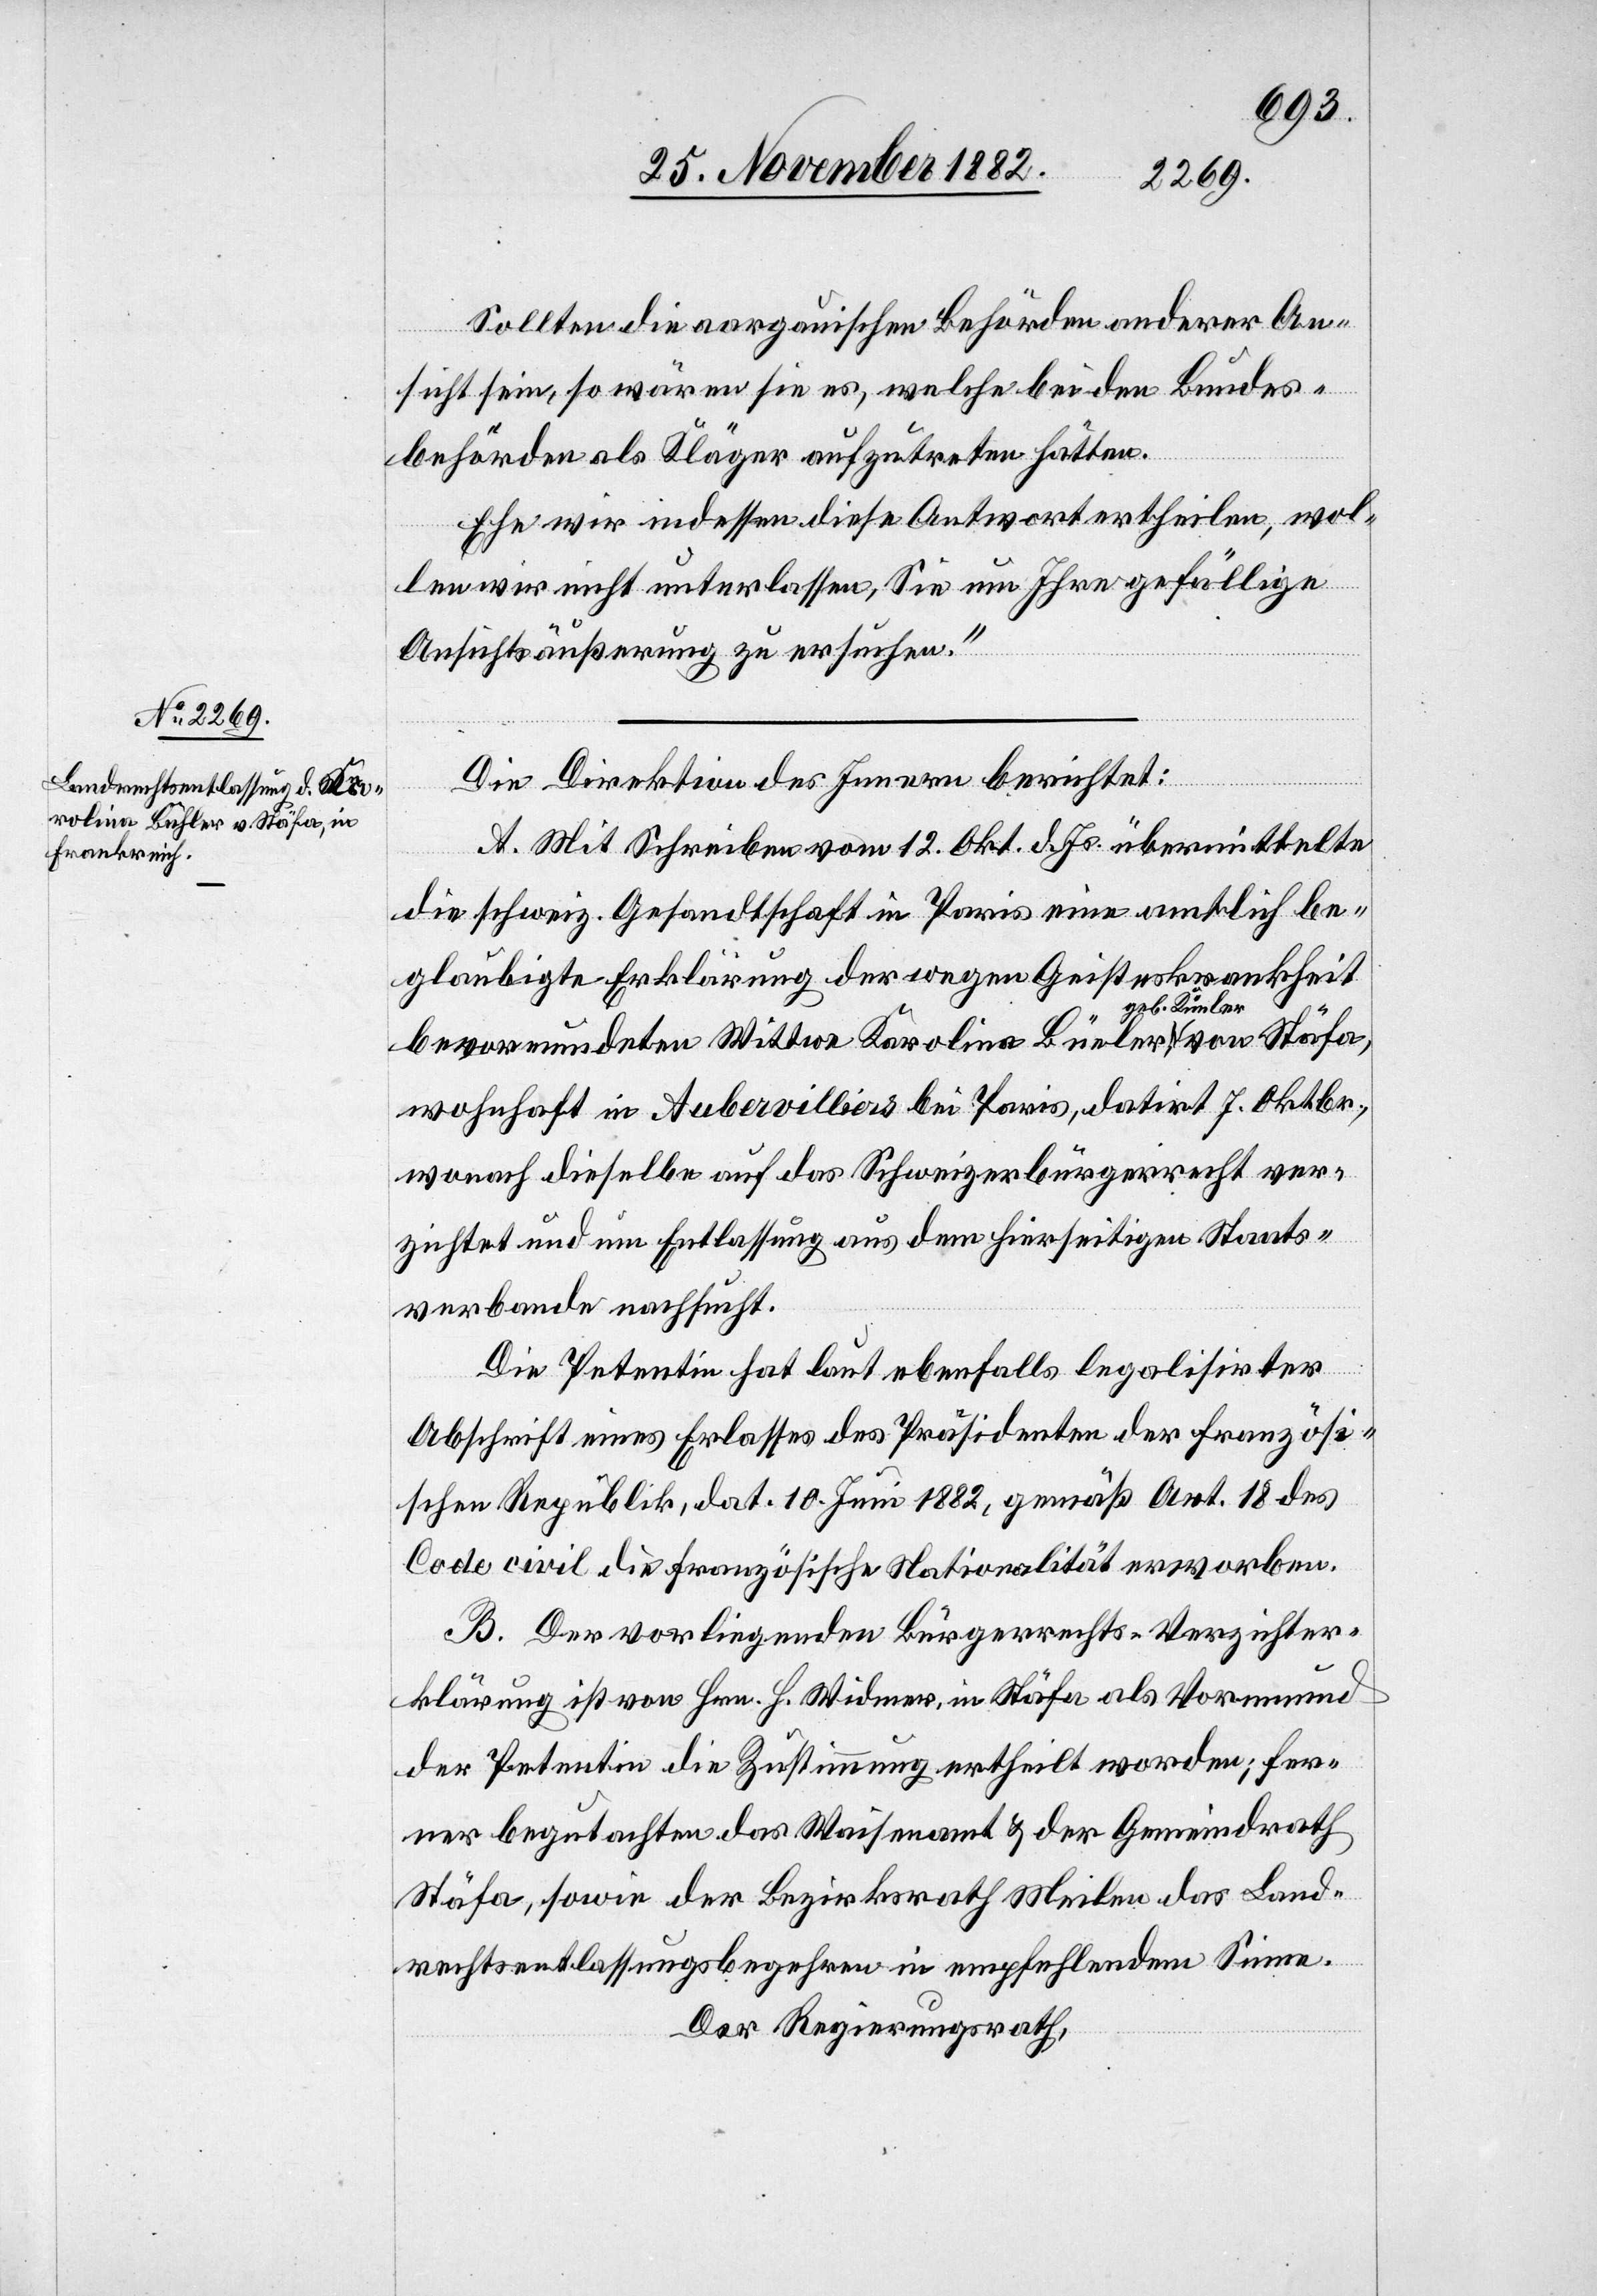
Sollten die aargauischen Behörden anderer An¬
sicht sein, so wären sie es, welche bei den Bundes¬
behörden als Kläger aufzutreten hätten.
Ehe wir indessen diese Antwort ertheilen, wol¬
len wir nicht unterlassen, Sie um Ihre gefällige
Ansichtsäußerung zu ersuchen.“
Die Direktion des Innern berichtet:
A. Mit Schreiben vom 12. Okt. d. Js. übermittelte
die schweiz. Gesandtschaft in Paris eine amtlich be¬
glaubigte Erklärung der wegen Geisteskrankheit
geb. Künler,
bevormundeten Wittwe Karolina Büeler [sic!]
wohnhaft in Aubervilliers bei Paris, datirt 7. Oktbr.,
wonach dieselbe auf das Schweizerbürgerrecht ver¬
zichtet und um Entlassung aus dem hierseitigen Staats¬
verbande nachsucht.
Die Petentin hat laut ebenfalls legalisirter
Abschrift eines Erlasses des Präsidenten der französi¬
schen Republik, dat. 10. Juni 1882, gemäß Art. 18 des
Code civil die französische Nationalität erworben.
B. Der vorliegenden Bürgerrechts-Verzichtser¬
klärung ist von Hrn. H. Widmer, in Stäfa als Vormund
der Petentin die Zustimmung ertheilt worden; fer¬
ner begutachten das Waisenamt & der Gemeindrath
Stäfa, sowie der Bezirksrath Meilen das Land¬
rechtsentlassungsbegehren in empfehlendem Sinne.
Der Regierungsrath,